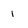
Character: 1